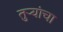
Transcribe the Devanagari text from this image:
तुऱ्यांचा